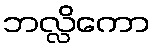
ဘလ္လိကော